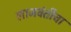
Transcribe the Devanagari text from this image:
लाजवंतीचा